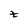
Character: Z